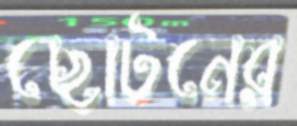
ছোটনের